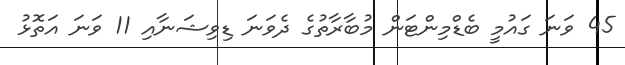
45 ވަނަ ގައުމީ ބެޑްމިންޓަން މުބާރާތުގެ ދެވަނަ ޑިވިޝަނާއި 11 ވަނަ އަތޮޅު